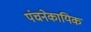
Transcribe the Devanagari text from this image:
पंचनेकायिक